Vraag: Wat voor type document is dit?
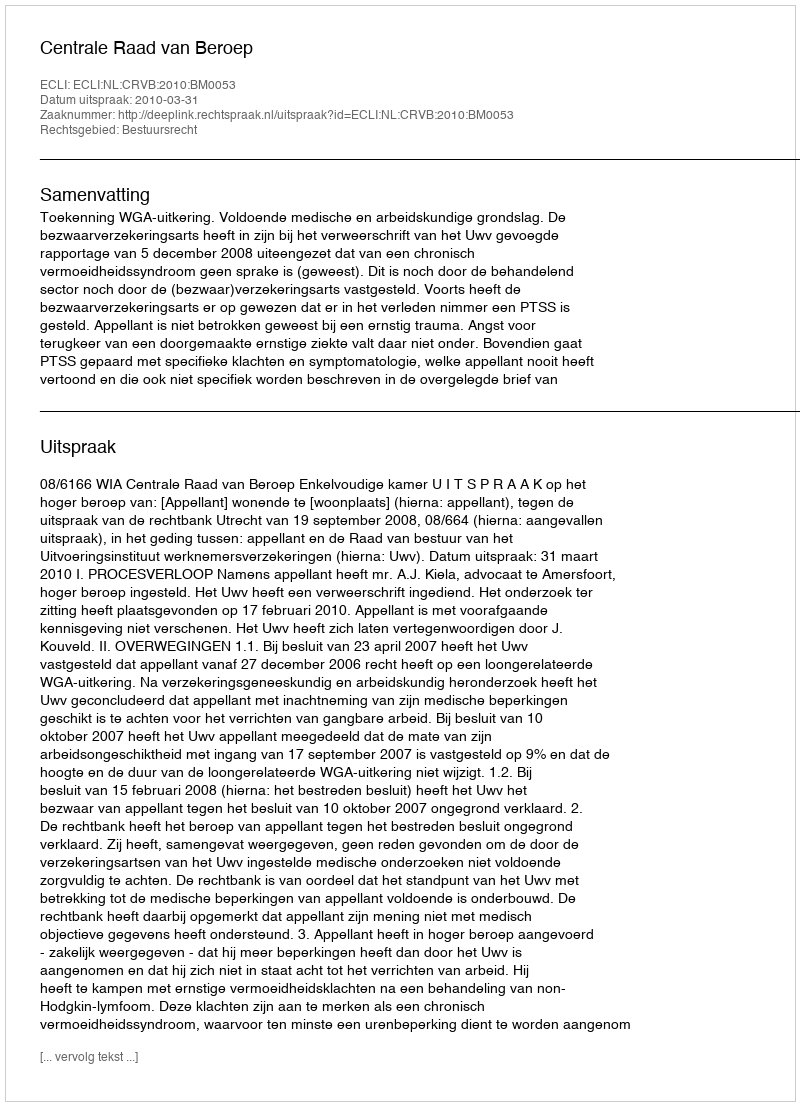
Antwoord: Uitspraak